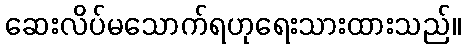
ဆေးလိပ်မသောက်ရဟုရေးသားထားသည်။